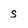
Character: s